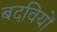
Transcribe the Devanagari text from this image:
बदवियों